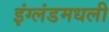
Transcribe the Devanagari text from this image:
इंग्लंडमधली